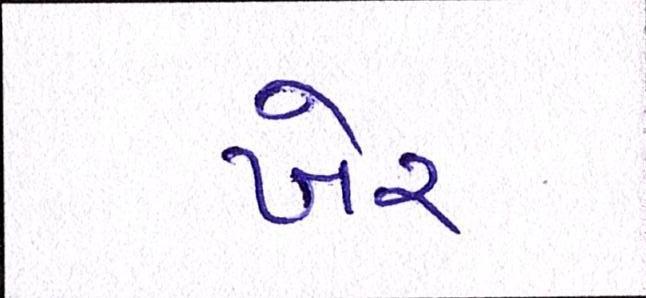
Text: ખેર